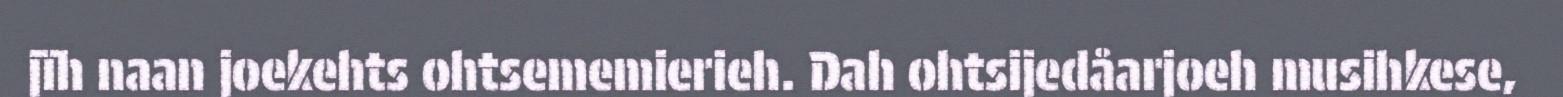
jïh naan joekehts ohtsememierieh. Dah ohtsijedåarjoeh musihkese,